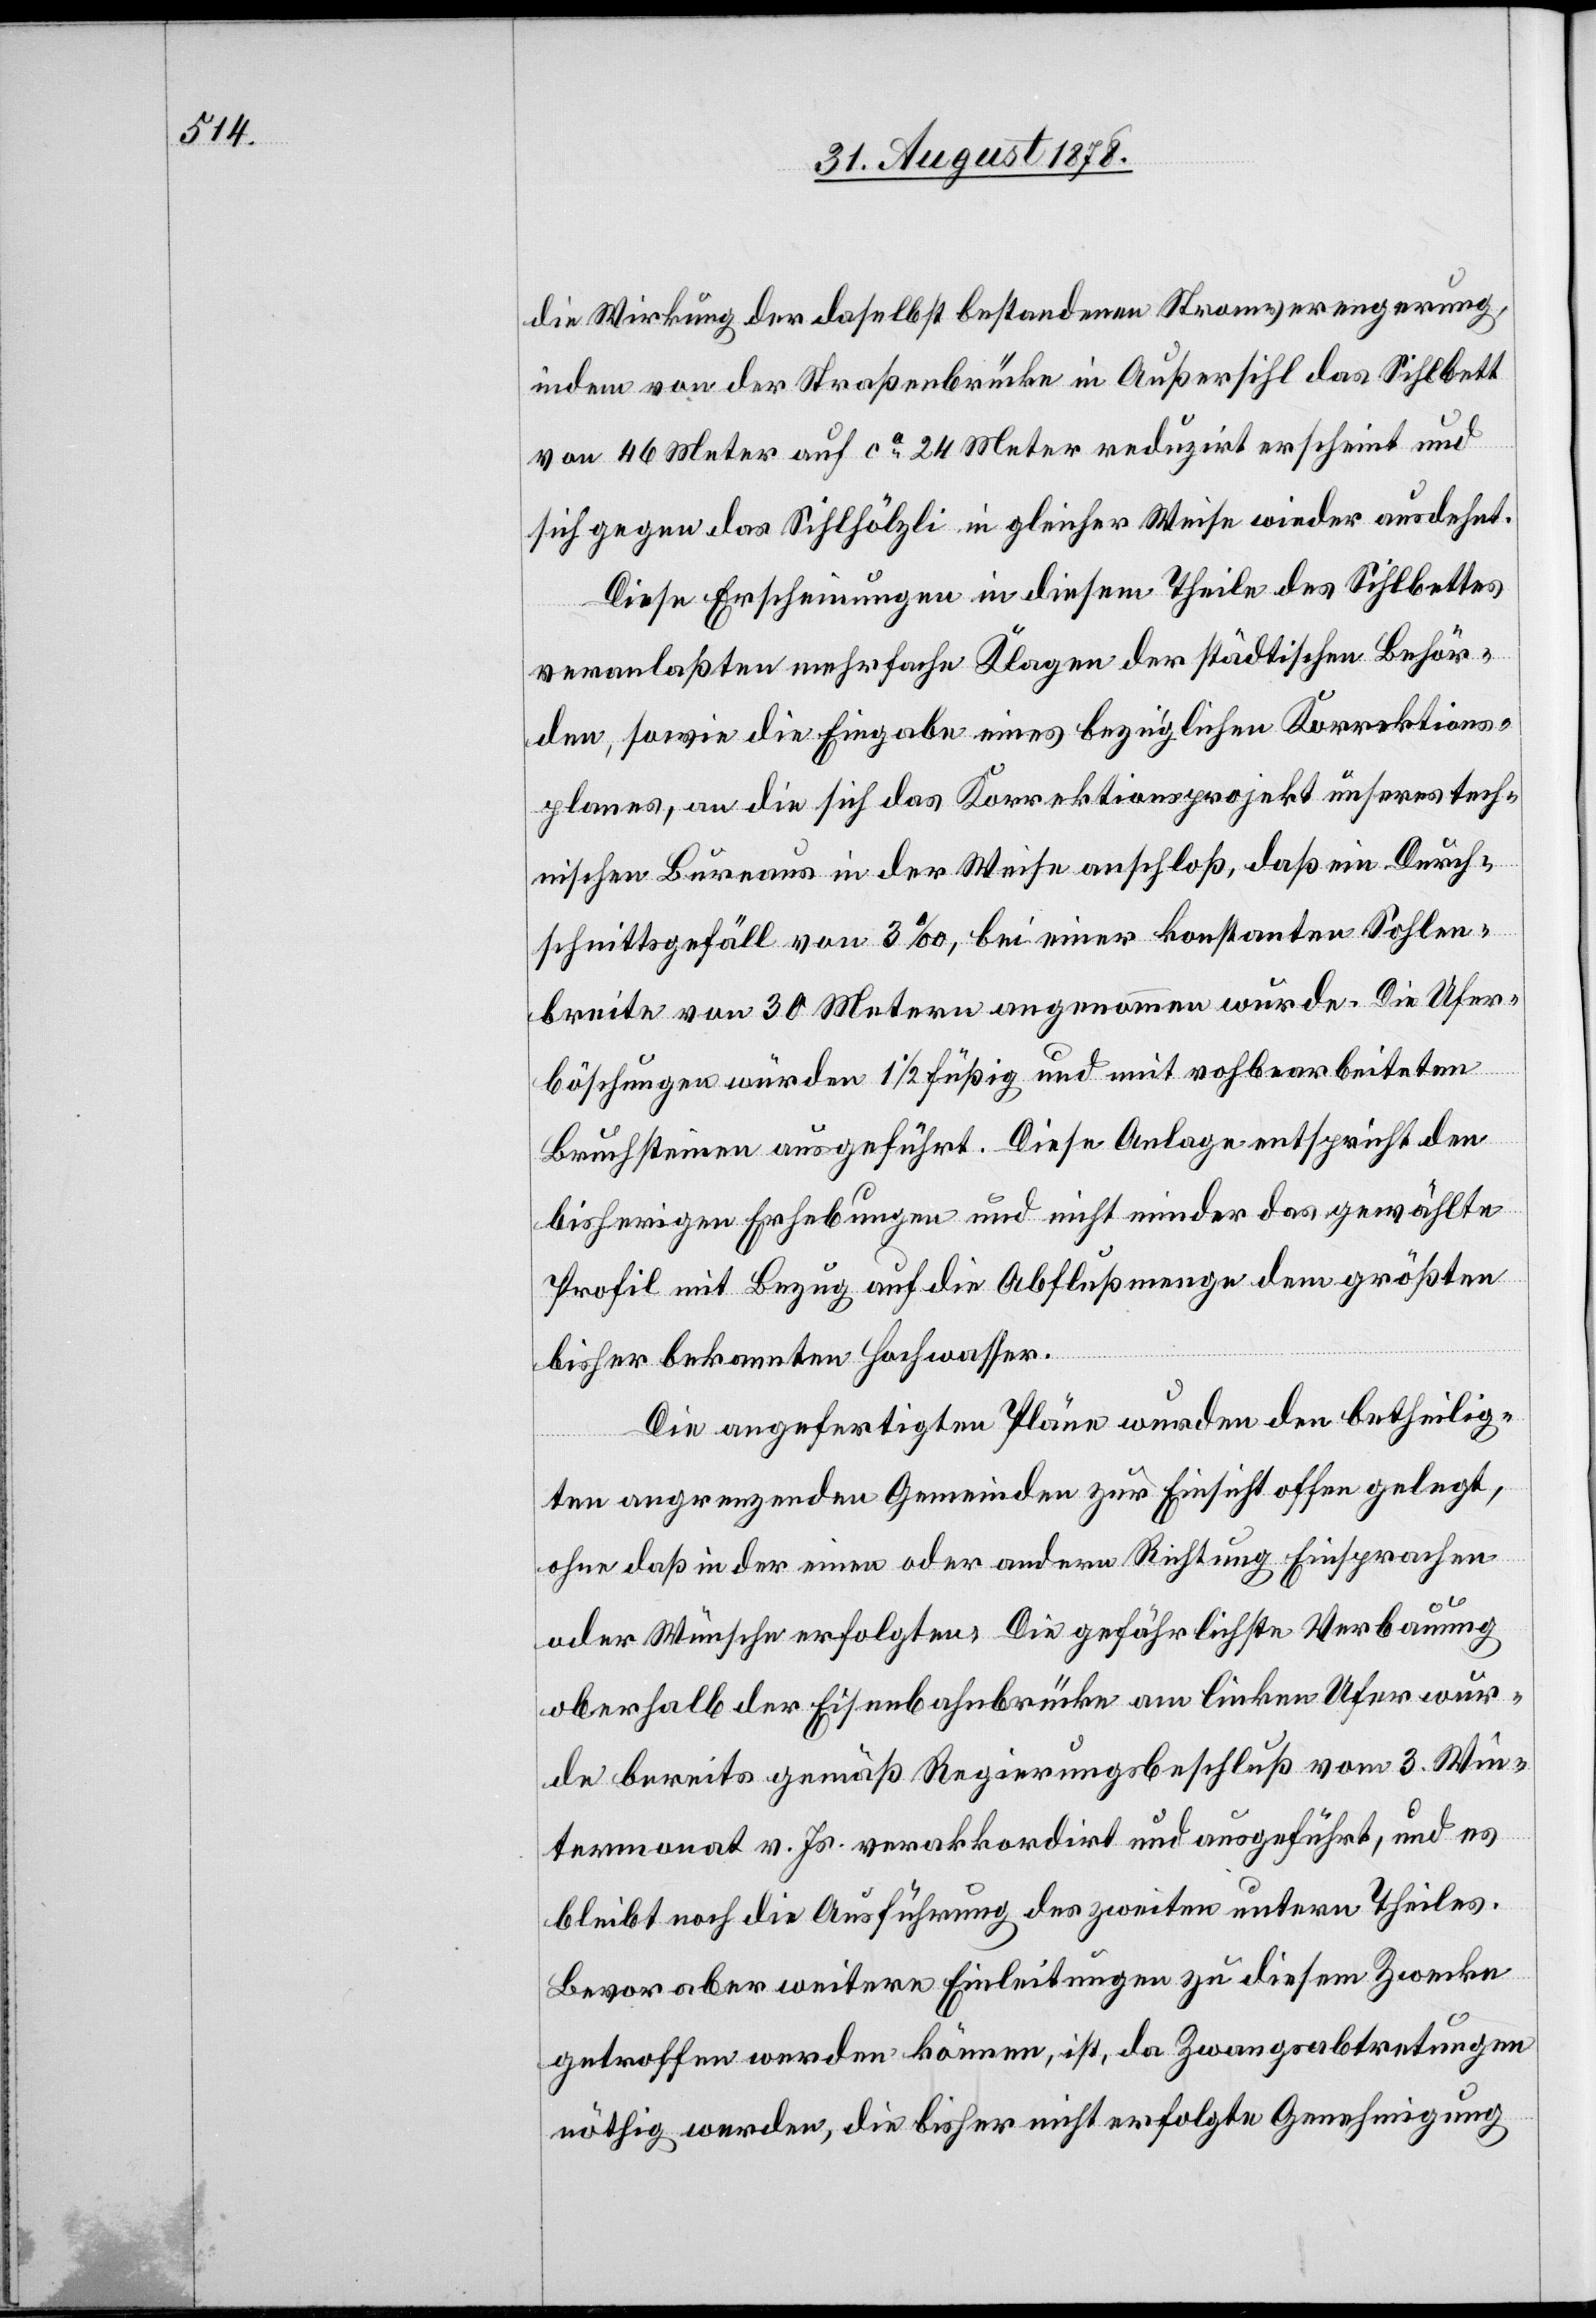
die Wirkung der daselbst bestandenen Stromverengerung,
indem von der Straßenbrücke in Außersihl das Sihlbett
von 46 Meter auf ca 24 Meter reduzirt erscheint und
sich gegen das Sihlhölzli in gleicher Weise wieder ausdehnt.
Diese Erscheinungen in diesem Theile des Sihlbettes
veranlassten mehrfache Klagen der städtischen Behör¬
den, sowie die Eingabe eines bezüglichen Korrektions¬
planes, an die sich das Korrektionsprojekt unseres tech¬
nischen Bureaux in der Weise anschloß, daß ein Durch¬
schnittsgefäll von 3‰, bei einer konstanten Sohlen¬
breite von 30 Metern angenommen wurde. Die Ufer¬
böschungen würden 1 1/2 füßig und mit rohbearbeiteten
Bruchsteinen ausgeführt. Diese Anlage entspricht den
bisherigen Erhebungen und nicht minder das gewählte
Profil mit Bezug auf die Abflußmenge dem größten
bisher bekannten Hochwasser.
Die angefertigten Pläne wurden den betheilig¬
ten angrenzenden Gemeinden zur Einsicht offen gelegt,
ohne daß in der einen oder andern Richtung Einsprachen
oder Wünsche erfolgten. Die gefährlichste Verbauung
oberhalb der Eisenbahnbrücke am linken Ufer wur¬
de bereits gemäß Regierungsbeschluß vom 3. Win¬
termonat v. Js. verakkordirt und ausgeführt, und es
bleibt noch die Ausführung des zweiten untern Theiles.
Bevor aber weitere Einleitungen zu diesem Zwecke
getroffen werden können, ist, da Zwangsabtretungen
nöthig werden, die bisher nicht erfolgte Genehmigung